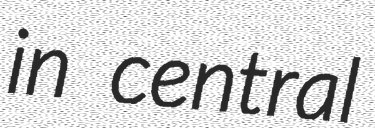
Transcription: in central